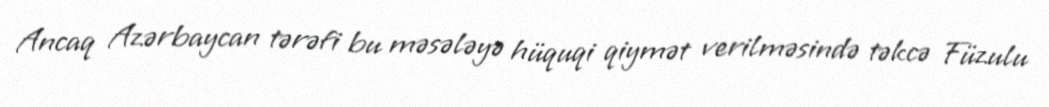
Ancaq Azərbaycan tərəfi bu məsələyə hüquqi qiymət verilməsində təkcə Füzulu